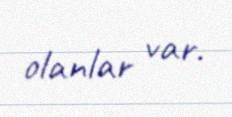
olanlar var.